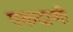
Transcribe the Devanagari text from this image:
एकदाणी